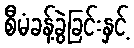
စီမံခန့်ခွဲခြင်းနှင့်